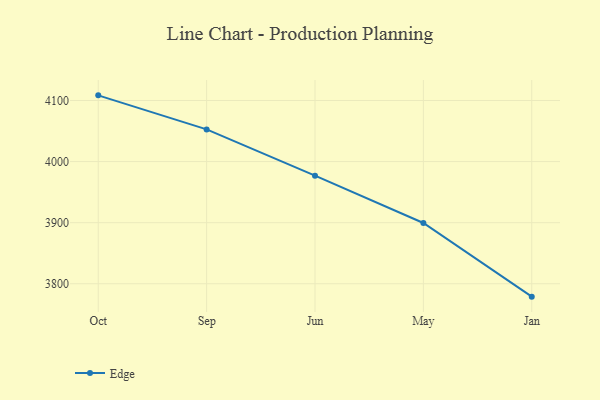
{"axis": {"x": "Month", "y": "Revenue (USD Million)"}, "legend": ["Edge"], "data": [{"x": "Oct", "y": 4108.4, "type": "Edge"}, {"x": "Sep", "y": 4052.7, "type": "Edge"}, {"x": "Jun", "y": 3976.9, "type": "Edge"}, {"x": "May", "y": 3899.5, "type": "Edge"}, {"x": "Jan", "y": 3778.9, "type": "Edge"}]}